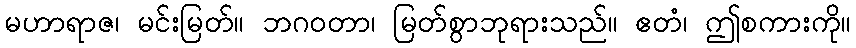
မဟာရာဇ၊ မင်းမြတ်။ ဘဂဝတာ၊ မြတ်စွာဘုရားသည်။ ဧတံ၊ ဤစကားကို။